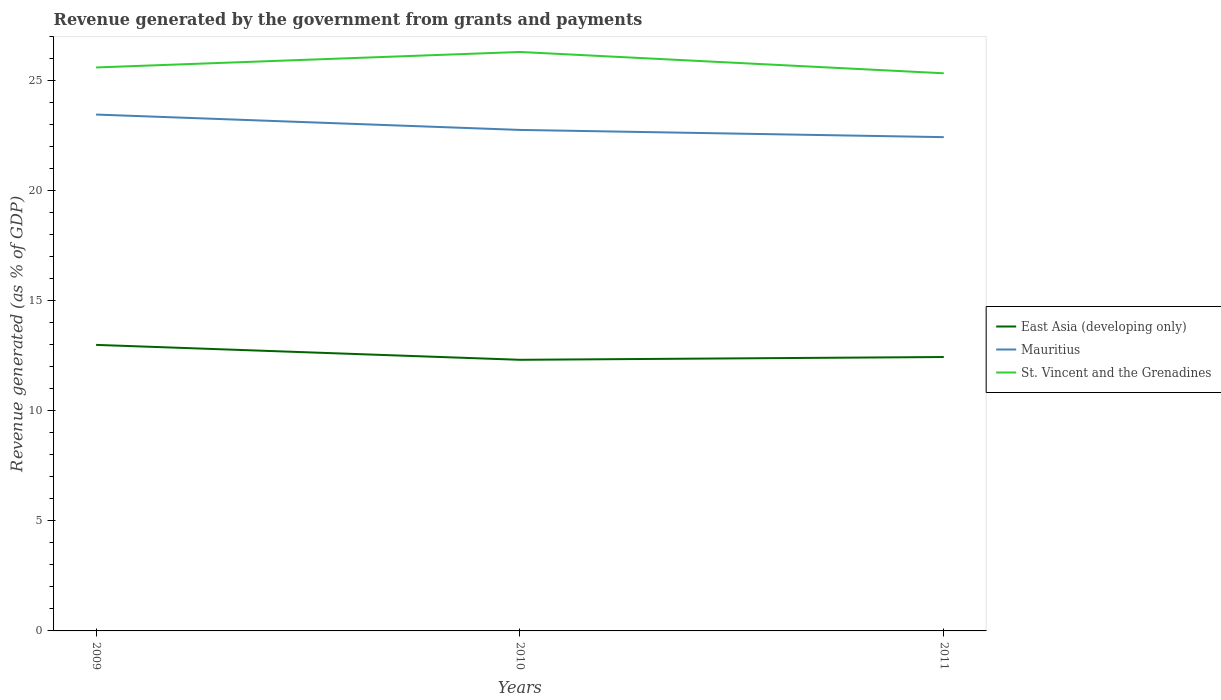
| Years | East Asia (developing only) | Mauritius | St. Vincent and the Grenadines |
 | --- | --- | --- | --- |
 | 2009 | 13 | 23.5 | 25.6 |
 | 2010 | 12.3 | 22.8 | 26.3 |
 | 2011 | 12.4 | 22.4 | 25.3 |